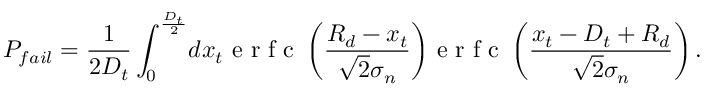
P _ { f a i l } = \frac { 1 } { 2 D _ { t } } \int _ { 0 } ^ { \frac { D _ { t } } { 2 } } \! d x _ { t } \mathrm { ~ e ~ r ~ f ~ c ~ } \left( \frac { R _ { d } - x _ { t } } { \sqrt { 2 } \sigma _ { n } } \right) \! \mathrm { ~ e ~ r ~ f ~ c ~ } \left( \frac { x _ { t } - D _ { t } + R _ { d } } { \sqrt { 2 } \sigma _ { n } } \right) .